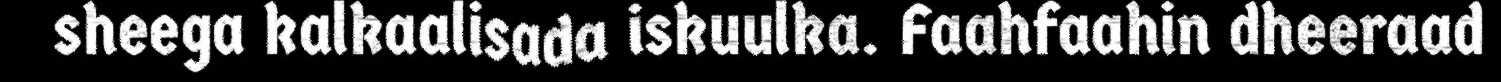
sheega kalkaalisada iskuulka. Faahfaahin dheeraad